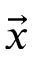
\vec { x }